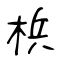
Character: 梹